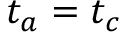
t _ { a } = t _ { c }